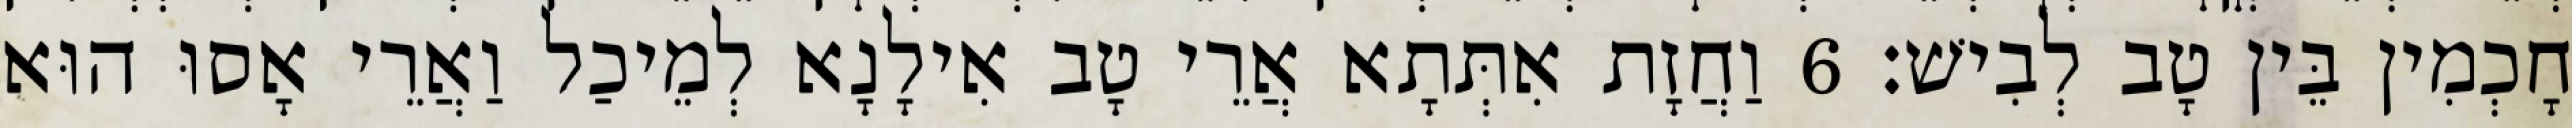
חָכְמִין בֵּין טָב לְבִישׁ׃ 6 וַחֲזָת אִתְּתָא אֲרֵי טָב אִילָנָא לְמֵיכַל וַאֲרֵי אָסוּ הוּא